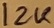
Text: 12K